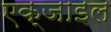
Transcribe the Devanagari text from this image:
एक्जाइल